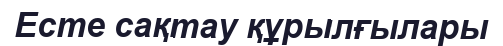
Есте сақтау құрылғылары